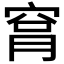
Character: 𥥾